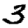
Digit: 3